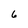
Character: 6